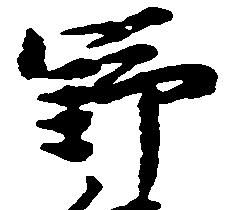
野